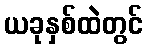
ယခုနှစ်ထဲတွင်